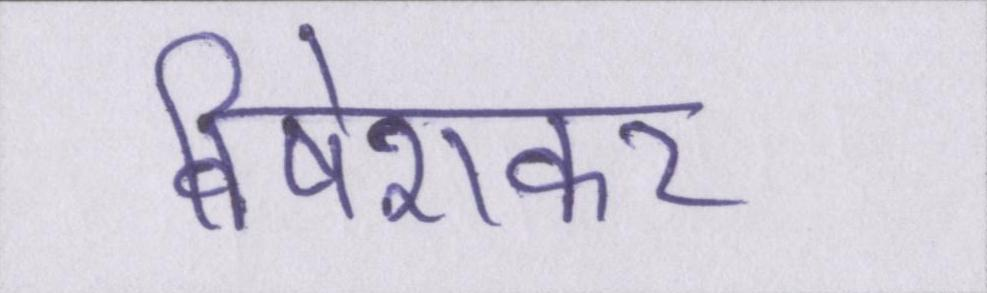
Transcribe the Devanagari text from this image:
विषेशकर